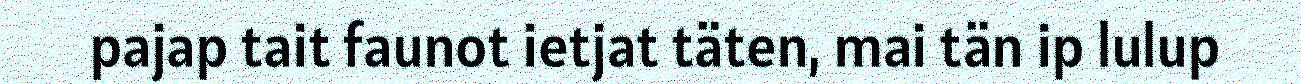
pajap tait faunot ietjat täten, mai tän ip lulup